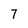
Character: 7